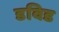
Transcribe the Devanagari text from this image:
डविड